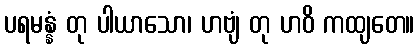
ပရမန္နံ တု ပါယာသော၊ ဟဗျံ တု ဟဝိ ကထျတေ။